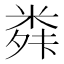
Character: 𮇣